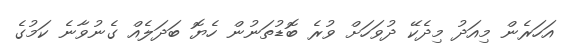
އަހަރެން މިއަދު މިދެކޭ ދުވަހަށް ވުރެ ބޮޑުތަނުން ހެޔޮ ބަދަލެއް ގެނުވާނެ ކަމުގެ